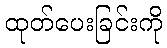
ထုတ်ပေးခြင်းကို